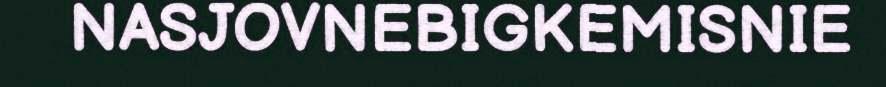
NASJOVNEBIGKEMISNIE